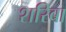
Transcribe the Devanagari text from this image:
शरिबा